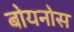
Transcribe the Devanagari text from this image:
बोयनोस